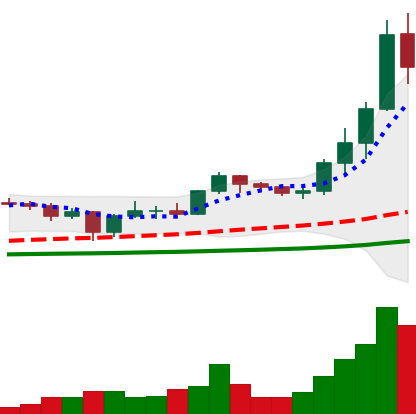
Ticker: ADA-USD
Chart end date: 2021-01-07
Forward return: -4.326%
Label: down_3_5